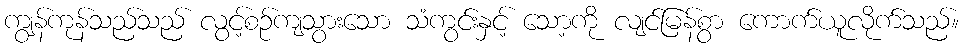
ကျွန်ကုန်သည်သည် လွင့်စဉ်ကျသွားသော သံကွင်းနှင့် သော့ကို လျင်မြန်စွာ ကောက်ယူလိုက်သည်။